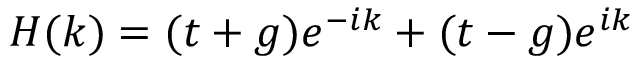
H ( k ) = ( t + g ) e ^ { - i k } + ( t - g ) e ^ { i k }